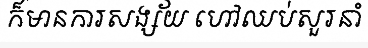
ក៏មានការសង្ស័យ ហៅឈប់សួរនាំ